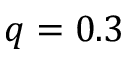
q = 0 . 3